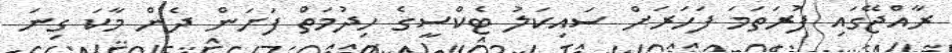
ރާއްޖޭގައި ފުރަތަމަ ފަހަރަށް ސައިކަލު ޓެކްސީގެ ހިދުމަތް ފަށަން ދެން މާކަ ގިނަ